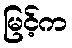
မြင့်က